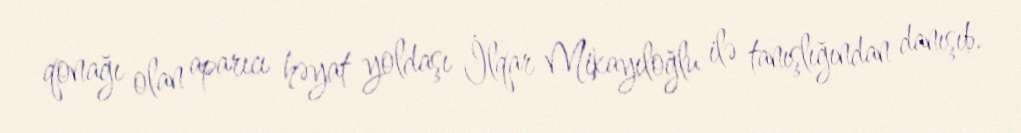
qonağı olan aparıcı həyat yoldaşı İlqar Mikayıloğlu ilə tanışlığından danışıb.